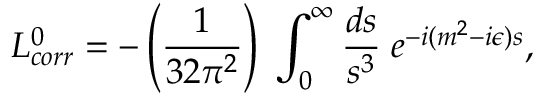
{ \cal L } _ { c o r r } ^ { 0 } = - \left( { \frac { 1 } { 3 2 \pi ^ { 2 } } } \right) \; \int _ { 0 } ^ { \infty } { \frac { d s } { s ^ { 3 } } } \; e ^ { - i ( m ^ { 2 } - i \epsilon ) s } ,